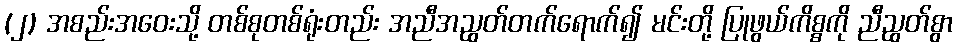
(၂) အစည်းအဝေးသို့ တစ်စုတစ်ရုံးတည်း အညီအညွတ်တက်ရောက်၍ မင်းတို့ ပြုဖွယ်ကိစ္စကို ညီညွတ်စွာ